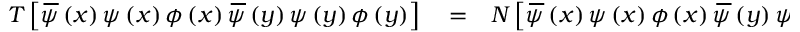
\begin{array} { r l r } { T \left[ \, \overline { { \! { \psi } } } \left( x \right) \psi \left( x \right) \phi \left( x \right) \, \overline { { \! { \psi } } } \left( y \right) \psi \left( y \right) \phi \left( y \right) \right] } & { { } = } & { N \left[ \, \overline { { \! { \psi } } } \left( x \right) \psi \left( x \right) \phi \left( x \right) \, \overline { { \! { \psi } } } \left( y \right) \psi \left( y \right) \phi \left( y \right) \right] , } \end{array}